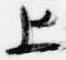
上